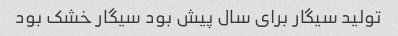
تولید سیگار برای سال‌ پیش بود سیگار خشک بود